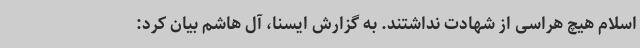
اسلام هیچ هراسی از شهادت نداشتند. به گزارش ایسنا، آل هاشم بیان کرد: